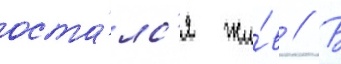
оста́лс'я жи́в // В